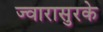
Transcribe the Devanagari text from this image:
ज्वारासुरके